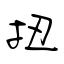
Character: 扭